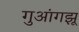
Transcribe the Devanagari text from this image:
गुआंगझू